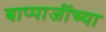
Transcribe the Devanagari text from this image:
बाप्पाजींच्या